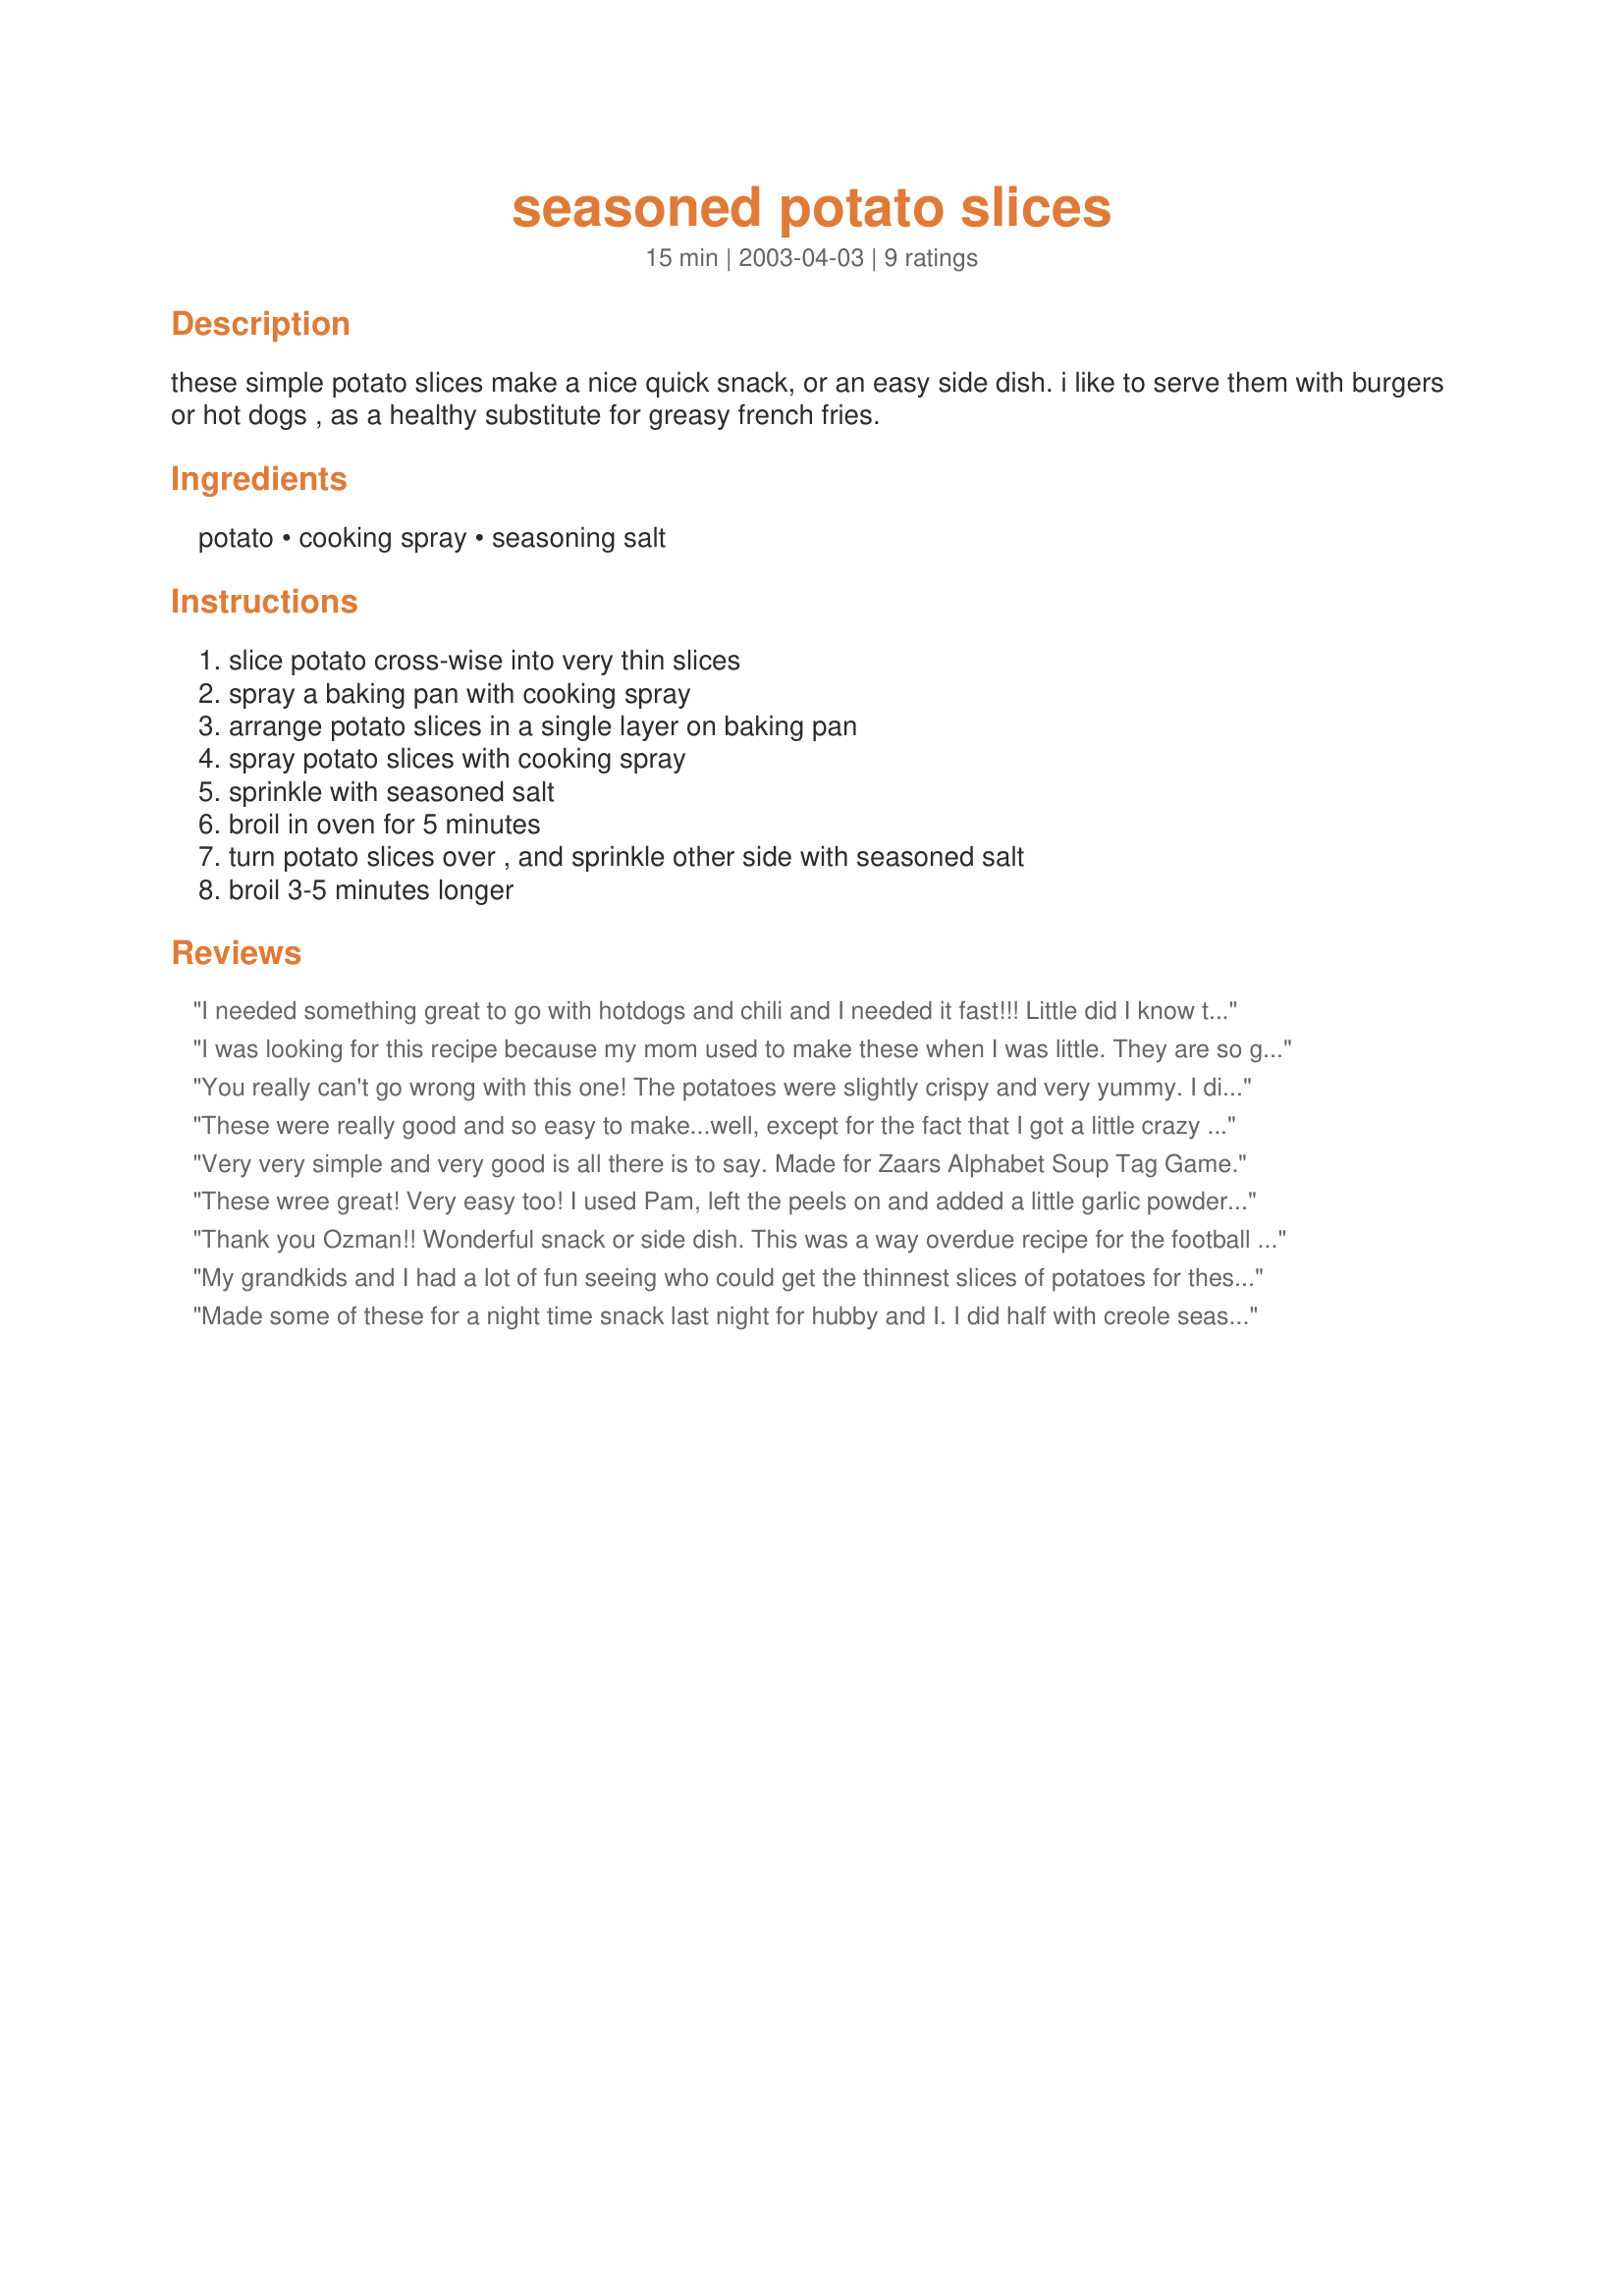
seasoned potato slices
Preparation time: 15 minutes

these simple potato slices make a nice quick snack, or an easy side dish. i like to serve them with burgers or hot dogs , as a healthy substitute for greasy french fries.

Ingredients:
potato, cooking spray, seasoning salt

Steps:
slice potato cross-wise into very thin slices, spray a baking pan with cooking spray, arrange potato slices in a single layer on baking pan, spray potato slices with cooking spray, sprinkle with seasoned salt, broil in oven for 5 minutes, turn potato slices over , and sprinkle other side with seasoned salt, broil 3-5 minutes longer

Reviews:
I needed something great to go with hotdogs and chili and I needed it fast!!! Little did I know that this quick recipe would yield such a delicious side dish! I didn't have seasoning salt on hand, so I used some of my own Mediterranean Herb Rub mix. I also tripled the recipe for my dinnertime crowd. They raved! Taste was out of the world! Wow, Oz, I'm so glad you won the football pool. If not, I may have never known about such a great recipe. Thanks for winning!
I was looking for this recipe because my mom used to make these when I was little. They are so good and easy to make. You can really vary the seasoning to what ever you like. The only thing is I don't season both sides, but that's just our taste. Thanks for sharing this recipe!!
You really can't go wrong with this one! The potatoes were slightly crispy and very yummy. I didn't have seasoning salt, so used some Mrs. Dash. I'm guessing you could have fun playing around with all sorts of different seasonings on these. I'd love to try rosemary or garlic. My slices looked a little thick (time to sharpen my knives??) so instead of broiling I baked them at a high heat, about 450-475F till they started to brown. The few leftover slices I had re-heated nicely in a hot oven for a few minutes. Great side dish, Cornelia!
These were really good and so easy to make...well, except for the fact that I got a little crazy with the seasoning salt according to DH! But we both enjoyed these yesterday while watching football...great little snack! Thanks Oz and congrats on winning the fotball pool!
Very very simple and very good is all there is to say. Made for Zaars Alphabet Soup Tag Game.
These wree great! Very easy too! I used Pam, left the peels on and added a little garlic powder. DH loved them! Thanks :)
Thank you Ozman!! Wonderful snack or side dish. This was a way overdue recipe for the football pool and I can't believe it took me so long. I used my little Pampered Chef slicer thingy and had these ready in seconds flat. So easy and so good. They were great, just like you Ozman!!
My grandkids and I had a lot of fun seeing who could get the thinnest slices of potatoes for these,my 14 year old Kelli won,this was very easy ,inexpensive,and very tasty.Thanks,
Darlene
Made some of these for a night time snack last night for hubby and I. I did half with creole seasoning, and half with Taco seasoning. We loved them.Hubby really dug into the taco flavored ones. Thanks Oz, we enjoyed these.(By the way,love the John Lennon icon!)
